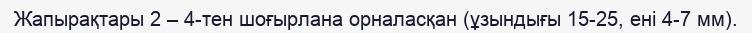
Жапырақтары 2 – 4-тен шоғырлана орналасқан (ұзындығы 15-25, ені 4-7 мм).